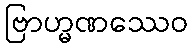
ဗြာဟ္မဏဿေဝ